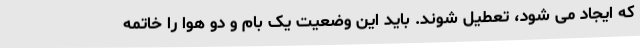
که ایجاد می شود، تعطیل شوند. باید این وضعیت یک بام و دو هوا را خاتمه